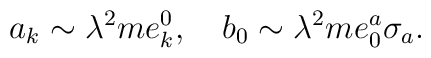
a_k \sim \lambda^2 me_k^0 ,~~~b_0 \sim \lambda^2 me_0^a \sigma_a .